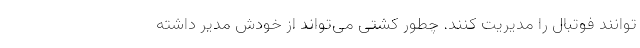
توانند فوتبال را مدیریت کنند. چطور کشتی می‌تواند از خودش مدیر داشته